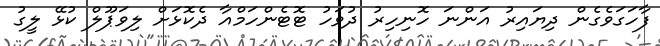
ފާހަގަވެގެން ދިޔައިރު އަންނަ ހޮނިހިރު ދުވަހު ޓޮޓެންހަމްއާ ދެކޮޅަށް ލިވަޕޫލް ކުޅޭ ލީގު